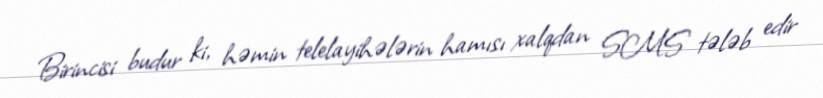
Birincisi budur ki, həmin telelayihələrin hamısı xalqdan SMS tələb edir